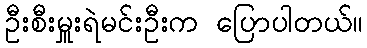
ဦးစီးမှူးရဲမင်းဦးက ပြောပါတယ်။